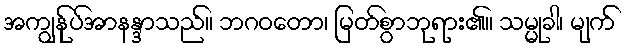
အကျွန်ုပ်အာနန္ဒာသည်။ ဘဂဝတော၊ မြတ်စွာဘုရား၏။ သမ္မုခါ၊ မျက်